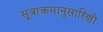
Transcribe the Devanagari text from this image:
सूत्राक्रमानुसारिणी